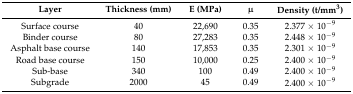
<table><thead><tr><td><b>Layer</b></td><td><b>Thickness (mm)</b></td><td><b>E (MPa)</b></td><td><b>μ</b></td><td><b>Density (t/mm<sup>3</sup>)</b></td></tr></thead><tbody><tr><td>Surface course</td><td>40</td><td>22,690</td><td>0.35</td><td>2.377 × 10<sup>−9</sup></td></tr><tr><td>Binder course</td><td>80</td><td>27,283</td><td>0.35</td><td>2.448 × 10<sup>−9</sup></td></tr><tr><td>Asphalt base course</td><td>140</td><td>17,853</td><td>0.35</td><td>2.301 × 10<sup>−9</sup></td></tr><tr><td>Road base course</td><td>150</td><td>10,000</td><td>0.25</td><td>2.400 × 10<sup>−9</sup></td></tr><tr><td>Sub-base</td><td>340</td><td>100</td><td>0.49</td><td>2.400 × 10<sup>−9</sup></td></tr><tr><td>Subgrade</td><td>2000</td><td>45</td><td>0.49</td><td>2.400 × 10<sup>−9</sup></td></tr></tbody></table>